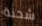
شحنة